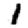
Digit: 1